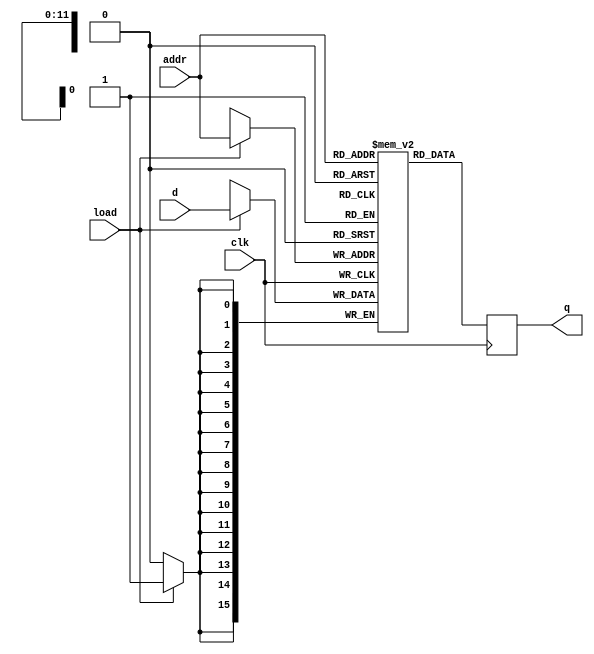
module ram(clk,load,addr,d,q);
parameter DWIDTH = 16,AWIDTH = 12, WORDS = 4096;

input clk,load;
input [AWIDTH-1:0] addr;
input [DWIDTH-1:0] d;
output [DWIDTH-1:0] q;
reg [DWIDTH-1:0] q;
reg [DWIDTH-1:0] mem [WORDS-1:0];

always @(posedge clk)
	begin
		if(load) mem[addr] <= d;
		q <= mem[addr];
	end

integer i;
initial begin
	for(i=0;i<WORDS;i=i+1)
		mem[i] = 0;

mem[12'h000] = 16'hD000;
mem[12'h001] = 16'h3010;
mem[12'h002] = 16'h2010;
mem[12'h003] = 16'hE000;
mem[12'h004] = 16'h2010;
mem[12'h005] = 16'h500F;
mem[12'h006] = 16'h2010;
mem[12'h007] = 16'h1001;
mem[12'h008] = 16'hF001;
mem[12'h009] = 16'h3010;
mem[12'h00A] = 16'hD000;
mem[12'h00B] = 16'h1005;
mem[12'h00C] = 16'hF001;
mem[12'h00D] = 16'hE000;
mem[12'h00E] = 16'h4002;
mem[12'h00F] = 16'h0000;
mem[12'h010] = 16'h0000;
end
endmodule